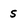
Character: s